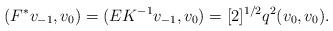
LaTeX: \begin{align*}(F^* v_{-1}, v_0) = (E K^{-1} v_{-1}, v_0) = [2]^{1/2} q^2 (v_0, v_0).\end{align*}